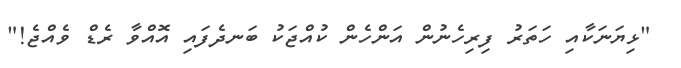
"ޅިޔަނަކާއި ހަތަރު ފިރިހެނުން އަންހެން ކުއްޖަކު ބަނދެފައި އޮއްވާ ރެޑް ވެއްޖެ!"